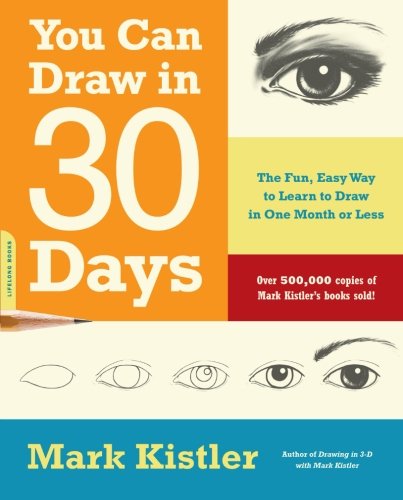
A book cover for You Can Draw in 30 Days: The Fun, Easy Way to Learn to Draw in One Month or Less; Mark Kistler; Arts & Photography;